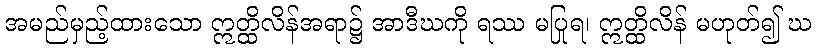
အမည်မှည့်ထားသော ဣတ္ထိလိန်အရာ၌ အာဒီဃကို ရဿ မပြုရ၊ ဣတ္ထိလိန် မဟုတ်၍ ဃ